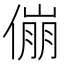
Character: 傰